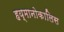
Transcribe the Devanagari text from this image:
हय्मानोकालिस